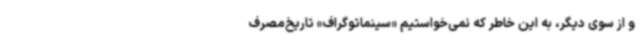
و از سوی دیگر، به این خاطر که نمی‌خواستیم «سینماتوگراف» تاریخ‌مصرف